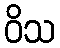
ဝိသ